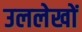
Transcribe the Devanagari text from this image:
उललेखों